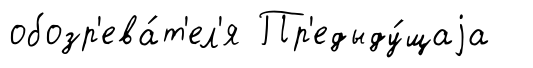
обозр'ева́т'ел'я Пр'едыду́щаjа